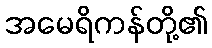
အမေရိကန်တို့၏